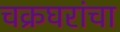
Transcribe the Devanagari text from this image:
चक्रघरांचा